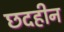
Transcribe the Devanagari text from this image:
छदहीन